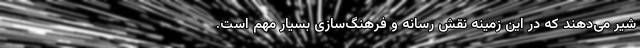
شیر می‌دهند که در این زمینه نقش رسانه و فرهنگ‌سازی بسیار مهم است.